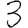
Digit: 3